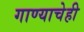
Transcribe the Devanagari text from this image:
गाण्याचेही